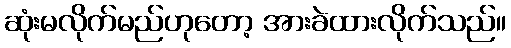
ဆုံးမလိုက်မည်ဟုတော့ အားခဲထားလိုက်သည်။